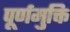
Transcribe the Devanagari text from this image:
पूर्णमुक्ति